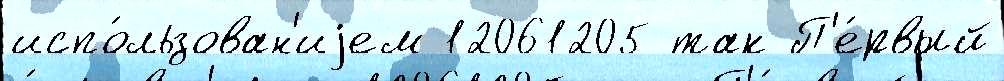
испо́льзован'иjем 12061205 так П'е́рвый